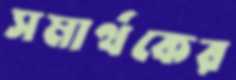
সমার্থকের